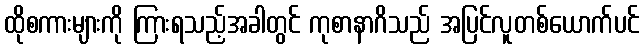
ထိုစကားများကို ကြားရသည့်အခါတွင် ကုစာနာဂိသည် အပြင်လူတစ်ယောက်ပင်